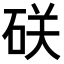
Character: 𥒆